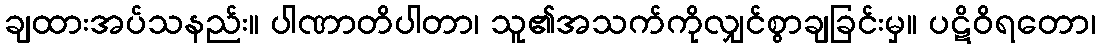
ချထားအပ်သနည်း။ ပါဏာတိပါတာ၊ သူ၏အသက်ကိုလျှင်စွာချခြင်းမှ။ ပဋိဝိရတော၊